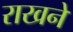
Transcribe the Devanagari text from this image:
राखने